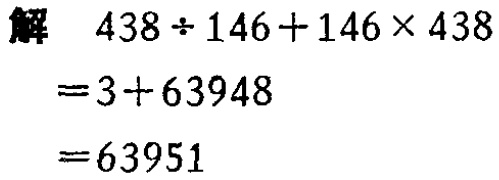
解 \(438\div146 + 146\times438\)

\(=3 + 63948\)

\(=63951\)